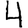
Digit: 4